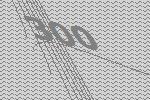
300